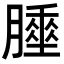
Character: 𦡘